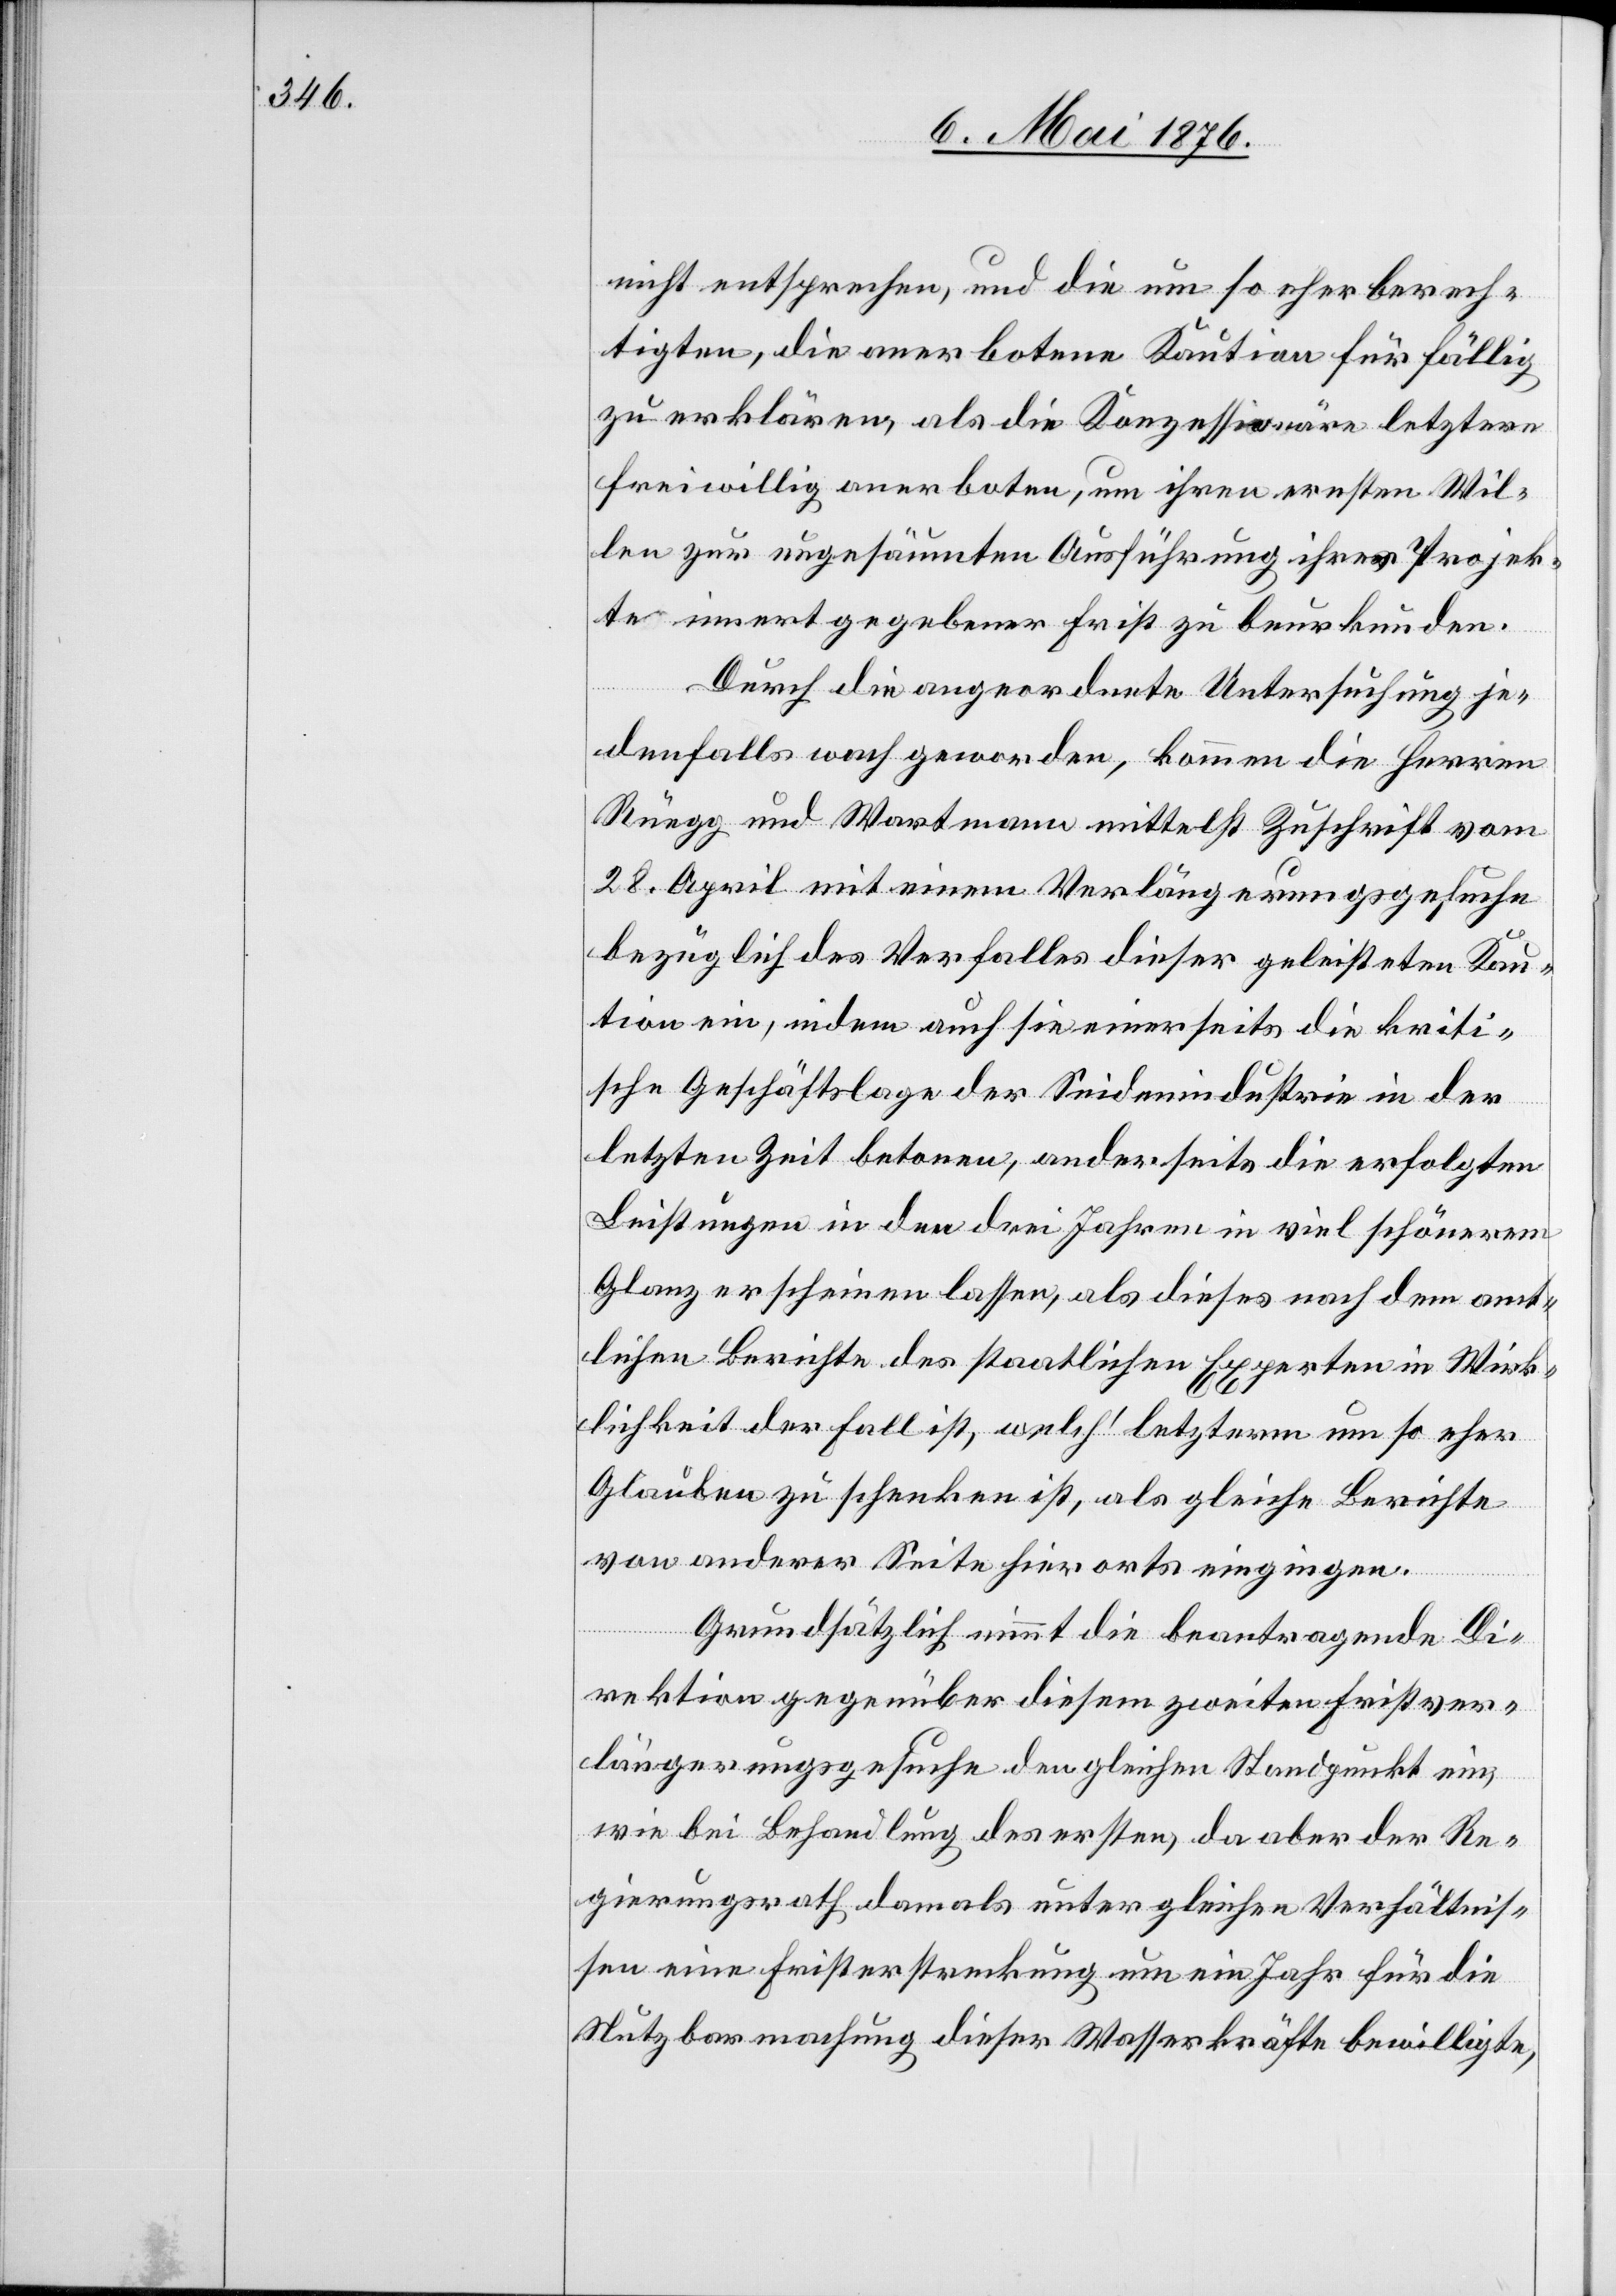
nicht entsprechen, und die um so eher berech¬
tigten, die anerbotene Kaution für fällig
zu erklären, als die Konzessionäre letztere
freiwillig anerboten, um ihren ernsten Wil¬
len zur ungesäumten Ausführung ihrer Projek¬
te innert gegebener Frist zu beurkunden.
Durch die angeordnete Untersuchung je¬
denfalls wach geworden, kommen die Herren
Rüegg und Wartmann mittelst Zuschrift vom
28. April mit einem Verlängerungsgesuche
bezüglich des Verfalles dieser geleisteten Kau¬
tion ein, indem auch sie einerseits die kriti¬
sche Geschäftslage der Seidenindustrie in der
letzten Zeit betonen, anderseits die erfolgten
Leistungen in den drei Jahren in viel schönerem
Glanz erscheinen lassen, als dieses nach dem amt¬
lichen Berichte des staatlichen Experten in Wirk¬
lichkeit der Fall ist, welch’ letzterm um so eher
Glauben zu schenken ist, als gleiche Berichte
von anderer Seite hieorts eingingen.
Grundsätzlich nimmt die beantragende Di¬
rektion gegenüber diesem zweiten Fristver¬
längerungsgesuche den gleichen Standpunkt ein,
wie bei Behandlung des ersten, da aber der Re¬
gierungsrath damals unter gleichen Verhältnis¬
sen eine Fristerstreckung um ein Jahr für die
Nutzbarmachung dieser Wasserkräfte bewilligte,